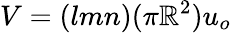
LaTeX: V=(lmn)(\pi\mathbb{R}^{2})u_{o}